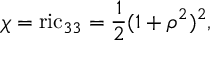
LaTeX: \chi = \mathrm { r i c } _ { 3 3 } = \frac 1 2 ( 1 + \rho ^ { 2 } ) ^ { 2 } ,